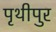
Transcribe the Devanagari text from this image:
पृथीपुर